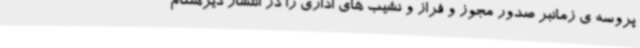
پروسه ی زمانبر صدور مجوز و فراز و نشیب های اداری را در انتشار دیرهنگام